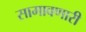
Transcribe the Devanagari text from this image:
सामावणारी